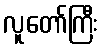
လူတော်ကြီး